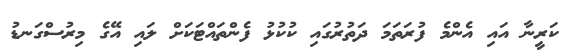
ކަރީނާ އައި އެންމެ ފުރަތަމަ ދަތުރުގައި ކުކުޅު ފެންތައްޓަކަށް ލައި އޭގެ މިރުސްގަނޑު